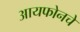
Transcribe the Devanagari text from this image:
आयफोनचे